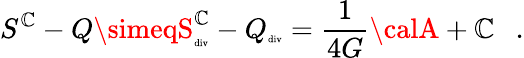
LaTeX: S^{\mathbb{C}}-Q\simeqS_{\tiny\mathrm{{div}}}^{\mathbb{C}}-Q_{\tiny\mathrm{{div}}}={\frac{{1}}{{4G}}}{\calA}+\mathbb{C}~~~.